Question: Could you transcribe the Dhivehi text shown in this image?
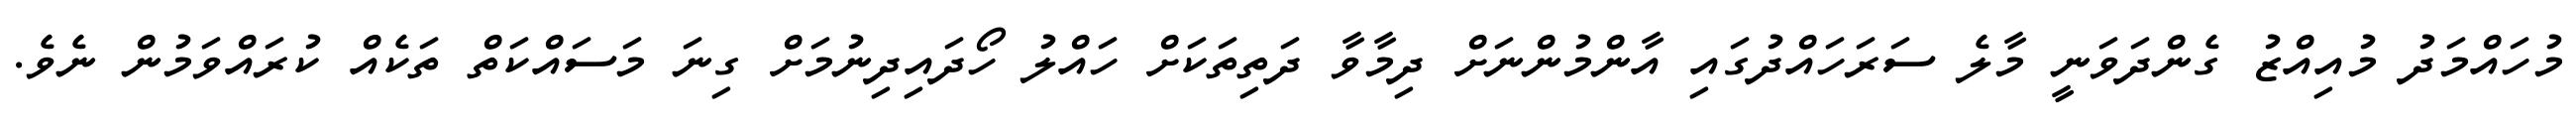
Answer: މުހައްމަދު މުއިއްޒު ގެންދަވަނީ މާލެ ސަރަހައްދުގައި އާންމުންނަށް ދިމާވާ ދަތިތަކަށް ހައްލު ހޯދައިދިނުމަށް ގިނަ މަސައްކަތް ތަކެއް ކުރައްވަމުން ނެވެ.